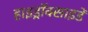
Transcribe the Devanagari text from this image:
हाइड्रॉक्साइडें